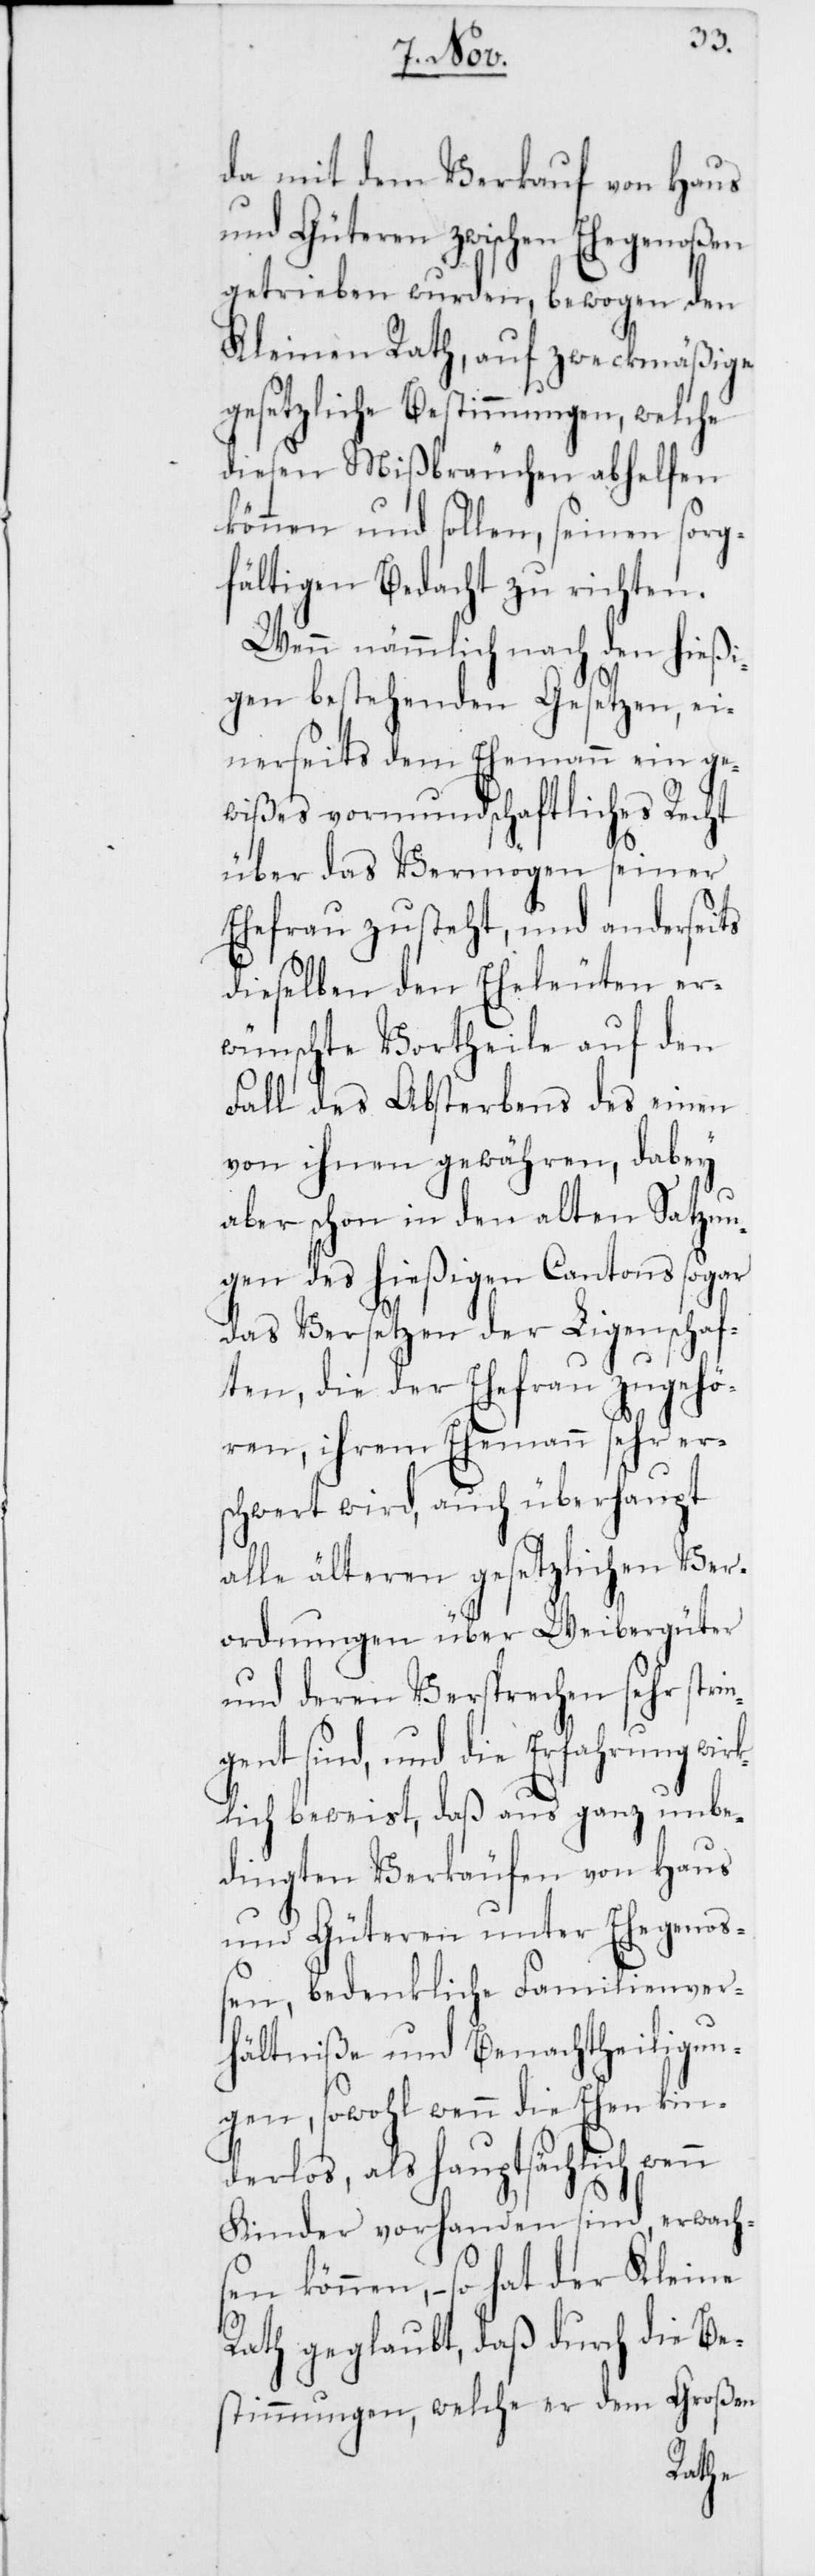
da mit dem Verkauf von Haus
und Güteren zwischen Ehegenoßen
getrieben wurden, bewogen den
Kleinen Rath, auf zweckmäßige
gesetzliche Bestimmungen, welche
diesen Mißbräuchen abhelfen
können und sollen, seinen sorg¬
fältigen Bedacht zu richten.
Wenn nämmlich nach den hießi¬
gen bestehenden Gesetzen, ei¬
nerseits dem Ehemann ein ge¬
wißes vormundschaftliches Recht
über das Vermögen seiner
Ehefrau zusteht, und anderseits
dieselben den Eheleuten er¬
wünschte Vortheile auf den
Fall des Absterbens des einen
von ihnen gewähren, dabey
aber schon in den alten Satzun¬
gen des hießigen Cantons sogar
das Versetzen der Ligenschaf¬
ten, die der Ehefrau zugehö¬
ren, ihrem Ehemann sehr er¬
schwert wird, auch überhaupt
alle älteren gesetzlichen Ver¬
ordnungen über Weibergüter
und deren Versprechen sehr stri¬
ent sind, und die Erfahrung wi¬
rklich beweist, daß aus ganz unbe¬
dingten Verkäufen von Haus
und Güteren unter Ehegenoß¬
en, bedenkliche Familienver¬
hältniße und Benachtheiligun¬
gen, sowohl wenn die Ehen kin¬
derlos, als hauptsächlich wenn
Kinder vorhanden sind, erwach¬
sen können, – so hat der Kleine
Rath geglaubt, daß durch die Be¬
stimmungen, welche er dem Großen
g¬